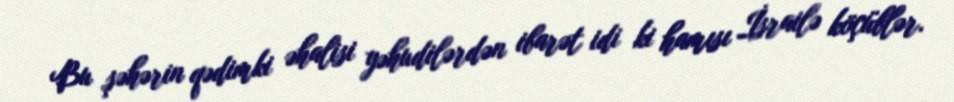
Bu şəhərin qədimki əhalisi yəhudilərdən ibarət idi ki hamısı İsrailə köçüblər.